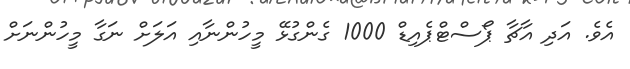
އެވެ. އަދި އާޗާ ޕޯސްޓްޕެއިޑް 1000 ގެންގުޅޭ މީހުންނާއި އަލަށް ނަގާ މީހުންނަށް